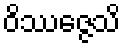
ဝိဿဇ္ဇေသိ